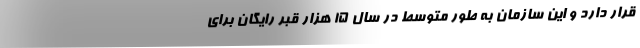
قرار دارد و این سازمان به طور متوسط در سال ١٥ هزار قبر رایگان برای